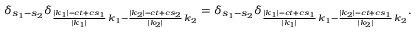
\delta _ { s _ { 1 } - s _ { 2 } } \delta _ { \frac { | k _ { 1 } | - c t + c s _ { 1 } } { | k _ { 1 } | } \, k _ { 1 } - \frac { | k _ { 2 } | - c t + c s _ { 2 } } { | k _ { 2 } | } \, k _ { 2 } } = \delta _ { s _ { 1 } - s _ { 2 } } \delta _ { \frac { | k _ { 1 } | - c t + c s _ { 1 } } { | k _ { 1 } | } \, k _ { 1 } - \frac { | k _ { 2 } | - c t + c s _ { 1 } } { | k _ { 2 } | } \, k _ { 2 } } .